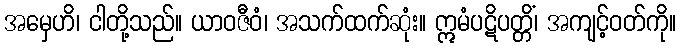
အမှေဟိ၊ ငါတို့သည်။ ယာဝဇီဝံ၊ အသက်ထက်ဆုံး။ ဣမံပဋိပတ္တိံ၊ အကျင့်ဝတ်ကို။